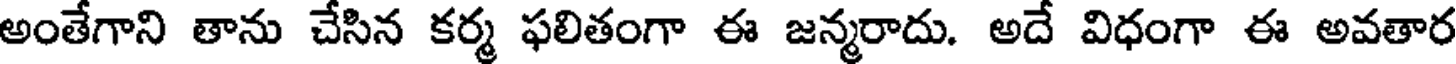
అంతేగాని తాను చేసిన కర్మ ఫలితంగా ఈ జన్మరాదు. అదే విధంగా ఈ అవతార